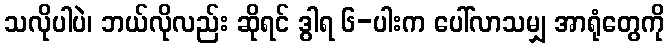
သလိုပါပဲ၊ ဘယ်လိုလည်း ဆိုရင် ဒွါရ ၆-ပါးက ပေါ်လာသမျှ အာရုံတွေကို